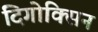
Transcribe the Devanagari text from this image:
दिगोक्सिन